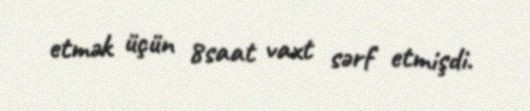
etmək üçün 8saat vaxt sərf etmişdi.